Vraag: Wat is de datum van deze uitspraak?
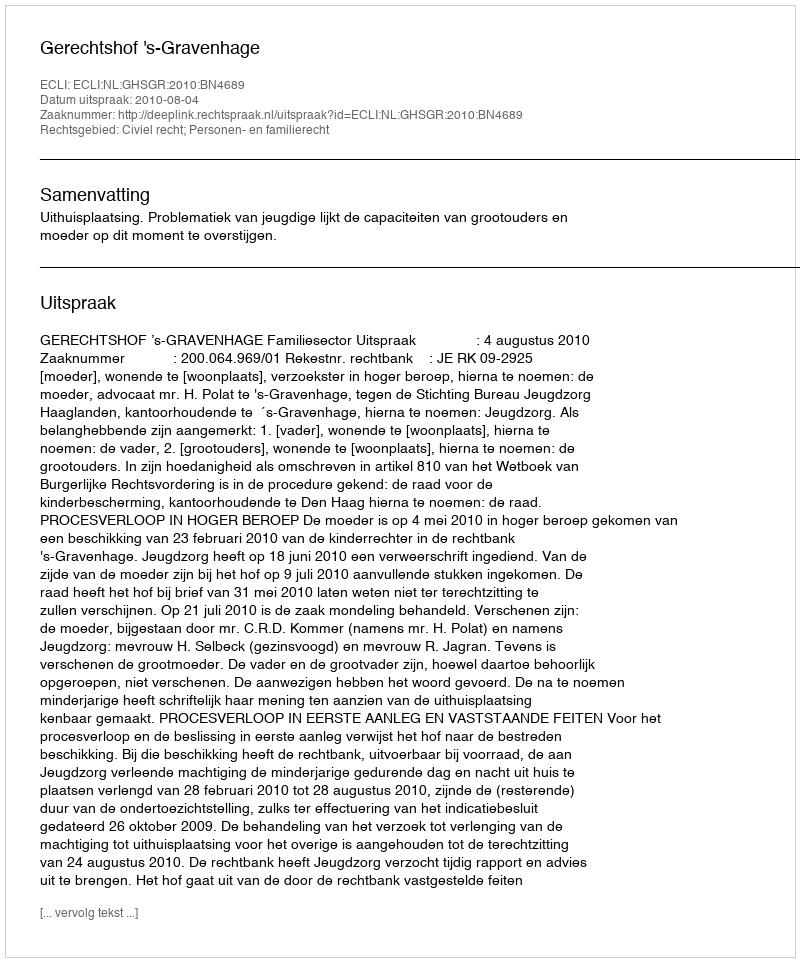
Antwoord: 2010-08-04